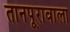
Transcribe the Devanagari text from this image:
तानपूरावाला